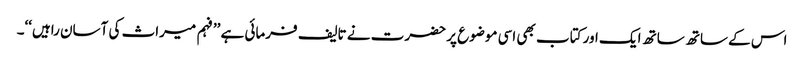
اس کے ساتھ ساتھ ایک اور کتاب بھی اسی موضوع پر حضرت نے تالیف فرمائی ہے ’’فہم میراث کی آسان راہیں‘‘۔